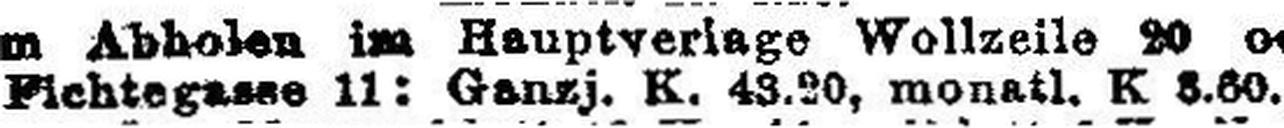
Fichtegasse 11: Ganzj. K. 43.20, monatl. K. 3.60.